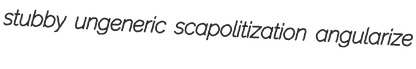
stubby ungeneric scapolitization angularize